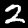
Label: 2